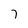
Character: 7